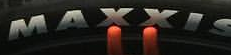
MAXXIS